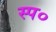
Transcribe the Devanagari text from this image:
स्प०